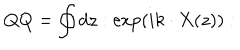
Q Q = \oint d z : \exp \left( i k \cdot X ( z ) \right) :